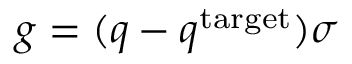
g = ( q - q ^ { \mathrm { t a r g e t } } ) \sigma